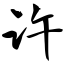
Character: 许